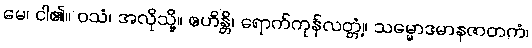
မေ၊ ငါ၏။ ဝသံ၊ အလိုသို့။ ဧဟိန္တိ၊ ရောက်ကုန်လတ္တံ့။ သမ္မောဒမာနဇာတကံ၊